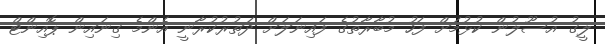
ލީގު އުސޫލުން ކުޅުމަށް ފަހު މުބާރާތުގެ ފައިނަލަށް ދަތުރުކުރާނީ އެންމެ ގިނައިން ޕޮއިންޓް